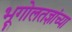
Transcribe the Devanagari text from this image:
भूगोलतज्ञांच्या